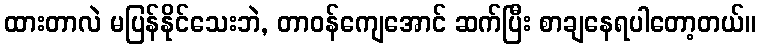
ထားတာလဲ မပြန်နိုင်သေးဘဲ, တာဝန်ကျေအောင် ဆက်ပြီး စာချနေရပါတော့တယ်။